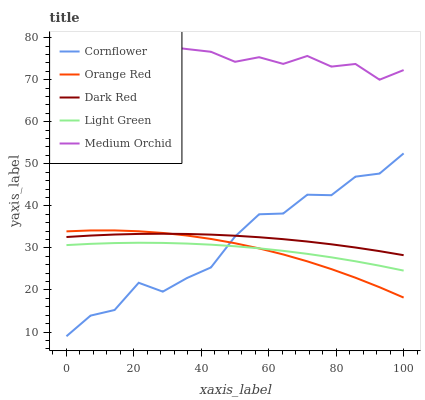
| xaxis_label | Cornflower | Orange Red | Dark Red | Light Green | Medium Orchid |
 | --- | --- | --- | --- | --- | --- |
 | 0 | 9 | 33.9 | 32.6 | 30.7 | 78 |
 | 7.14 | 13.9 | 34.2 | 32.9 | 31 | 78 |
 | 14.3 | 15.2 | 34.2 | 33.2 | 31.2 | 78 |
 | 21.4 | 21.7 | 34 | 33.3 | 31.2 | 76.9 |
 | 28.6 | 19.6 | 33.6 | 33.4 | 31.2 | 78 |
 | 35.7 | 22.8 | 32.9 | 33.3 | 31 | 77.3 |
 | 42.9 | 25.4 | 32.1 | 33.2 | 30.8 | 76.6 |
 | 50 | 32.7 | 31.1 | 32.9 | 30.4 | 74.2 |
 | 57.1 | 38 | 29.9 | 32.5 | 29.9 | 75.3 |
 | 64.3 | 38.2 | 28.4 | 32.1 | 29.3 | 73.7 |
 | 71.4 | 42.7 | 26.8 | 31.5 | 28.6 | 75.6 |
 | 78.6 | 42.5 | 25 | 30.9 | 27.8 | 73.1 |
 | 85.7 | 46.9 | 22.9 | 30.1 | 26.8 | 73.7 |
 | 92.9 | 47.7 | 20.7 | 29.2 | 25.8 | 70 |
 | 100 | 52.5 | 18.2 | 28.3 | 24.6 | 72.3 |